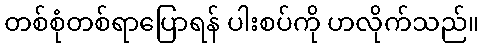
တစ်စုံတစ်ရာပြောရန် ပါးစပ်ကို ဟလိုက်သည်။